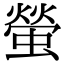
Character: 螢